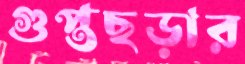
গুপ্তছড়ার